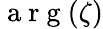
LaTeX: \mathrm{~a~r~g~}(\zeta)